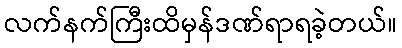
လက်နက်ကြီးထိမှန်ဒဏ်ရာရခဲ့တယ်။